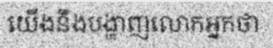
យើងនឹងបង្ហាញលោកអ្នកថា